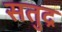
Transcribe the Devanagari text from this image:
सतुद्र